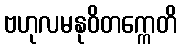
ဗဟုလမနုဝိတက္ကေတိ